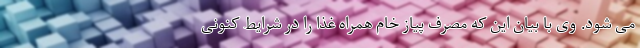
می شود. وی با بیان این که مصرف پیاز خام همراه غذا را در شرایط کنونی